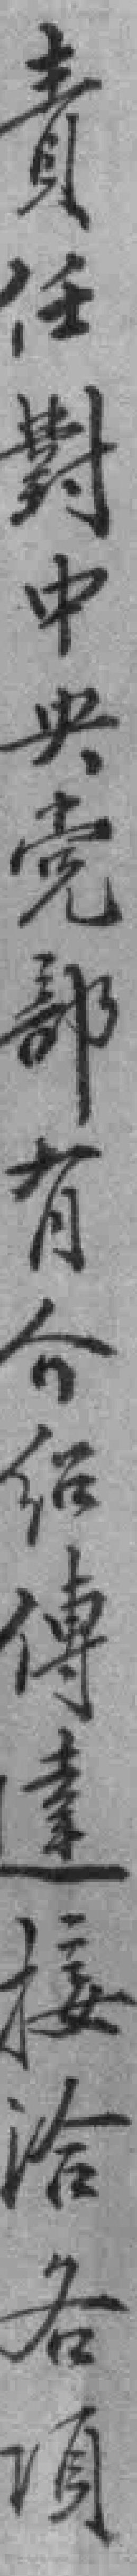
責任對中央党部有介绍博達接洽各項